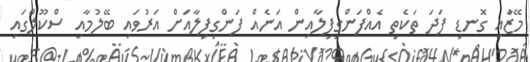
މޭޒުާއި ގޮނޑި ފަދަ ތަކެތި އެއްފަންގިފިލާއިން އަނެއް ފަންގިފިލާއަށް އަރުވައި ބޭލުމާއި ސްކޫލްގައި